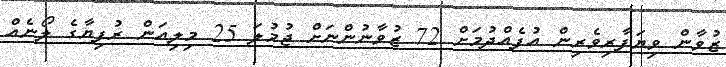
ޒުވާން ވިޔަފާރިވެރިން އުފެއްދުމަށް 72 ޒުވާނުންނަށް ޖުމުލަ 25 މިލިއަން ރުފިޔާގެ ލޯނެއް